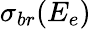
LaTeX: \sigma_{br}(E_{e})